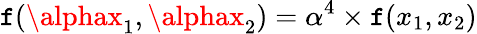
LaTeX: \mathtt{f}(\alphax_{1},\alphax_{2})=\alpha^{4}\times\mathtt{f}(x_{1},x_{2})